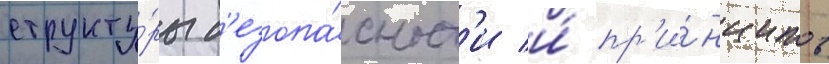
структу́ры б'езопа́сност'и и́ пр'и́нципов